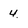
Character: 4